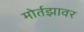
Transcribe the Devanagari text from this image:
मोर्तझावर